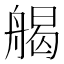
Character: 𦩥